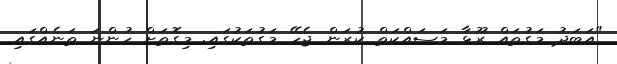
"އަބަދު މަގުތައް ރޫޅާ މަސައްކަތް ކުރަން ޖެހޭ މަގުތަކުގައި. މިގޮތަށް ހުންނަ ތަނެއްގައި